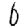
Digit: 6